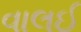
વાલઈ